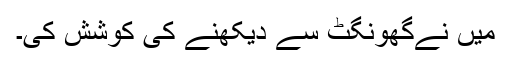
میں نےگھونگٹ سے دیکھنے کی کوشش کی۔